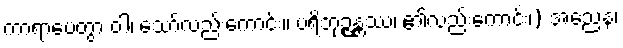
ကာရာပေတွာ ဝါ၊ သော်လည်းကောင်း။ ပရိဘုဉ္ဇန္တဿ၊ ၏လည်းကောင်း၊) အညေန၊